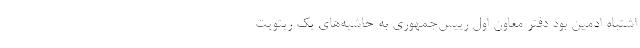
اشتباه ادمین بود دفتر معاون اول رییس‌جمهوری به حاشیه‌های یک ریتویت